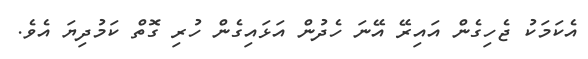
އެކަމަކު ޖެހިގެން އައިރޭ އޭނަ ހެދުން އަޅައިގެން ހުރި ގޮތް ކަމުދިޔަ އެވެ.